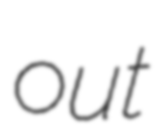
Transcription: out